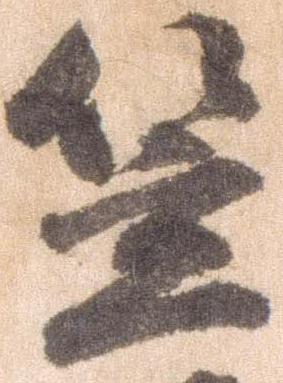
笠